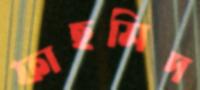
ফাহমিদ